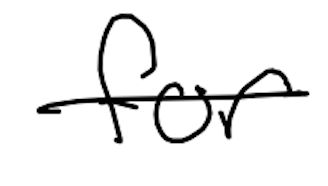
Text: for
Cross-out: mix
Writing tool: digital_black